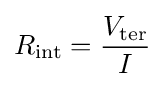
R_{\mathrm {int} }={V_{\mathrm {ter} } \over I}\,\!